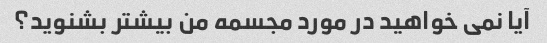
آیا نمی خواهید در مورد مجسمه من بیشتر بشنوید؟